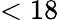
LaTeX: <18